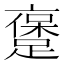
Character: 𲄅